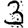
Digit: 3